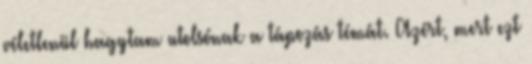
véletlenül hagytam utolsónak a tápozás témát. Azért, mert ezt